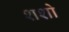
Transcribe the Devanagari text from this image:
शशो